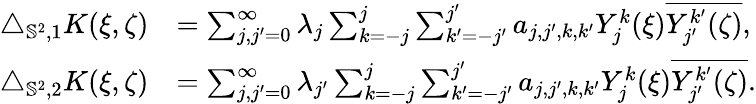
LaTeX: \begin{array}{rl}{\triangle_{{\mathbb{S}^{2}},1}K(\xi,\zeta)}&{=\sum_{j,j^{\prime}=0}^{\infty}\lambda_{j}\sum_{k=-j}^{j}\sum_{k^{\prime}=-j^{\prime}}^{j^{\prime}}a_{j,j^{\prime},k,k^{\prime}}Y_{j}^{k}(\xi)\overline{{Y_{j^{\prime}}^{k^{\prime}}(\zeta)}},}\\ {\triangle_{{\mathbb{S}^{2}},2}K(\xi,\zeta)}&{=\sum_{j,j^{\prime}=0}^{\infty}\lambda_{j^{\prime}}\sum_{k=-j}^{j}\sum_{k^{\prime}=-j^{\prime}}^{j^{\prime}}a_{j,j^{\prime},k,k^{\prime}}Y_{j}^{k}(\xi)\overline{{Y_{j^{\prime}}^{k^{\prime}}(\zeta)}}.}\end{array}